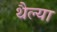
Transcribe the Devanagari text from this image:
थैल्या